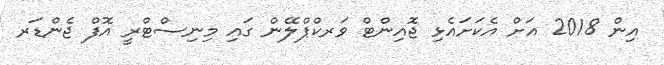
އިން 2018 އަށް އެކަށައެޅި ޖޮއިންޓް ވަރކްޕްލޭން ގައި މިނިސްޓްރީ އޮފް ޖެންޑަރ